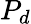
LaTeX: P_{d}